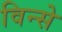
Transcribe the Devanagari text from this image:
विन्से